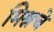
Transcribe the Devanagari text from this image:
मिश्रचे